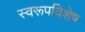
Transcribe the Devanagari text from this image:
स्वरूपविशेष